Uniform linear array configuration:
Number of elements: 16
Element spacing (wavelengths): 1
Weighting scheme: uniform
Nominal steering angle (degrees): -45
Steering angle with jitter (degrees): -46.827
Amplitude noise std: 0.05
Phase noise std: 0.05

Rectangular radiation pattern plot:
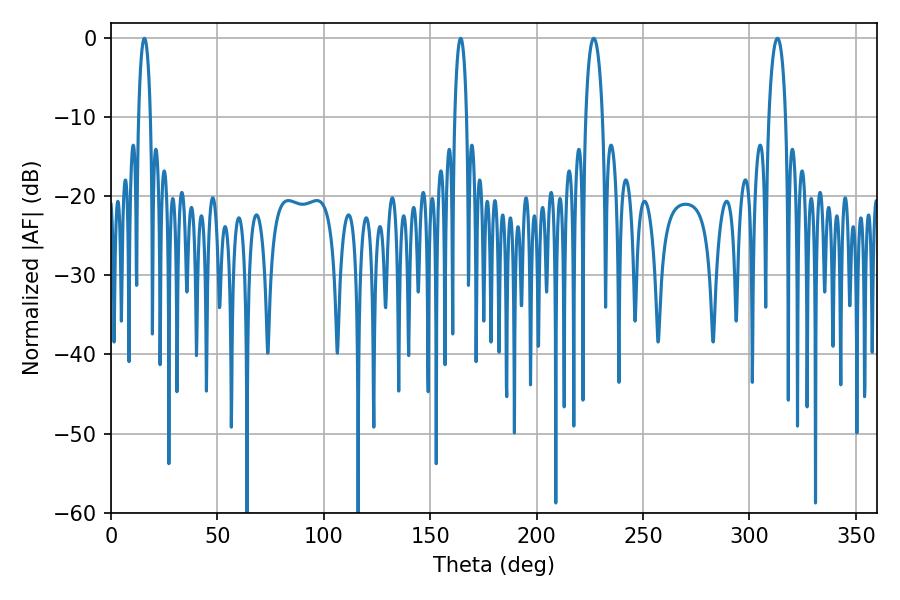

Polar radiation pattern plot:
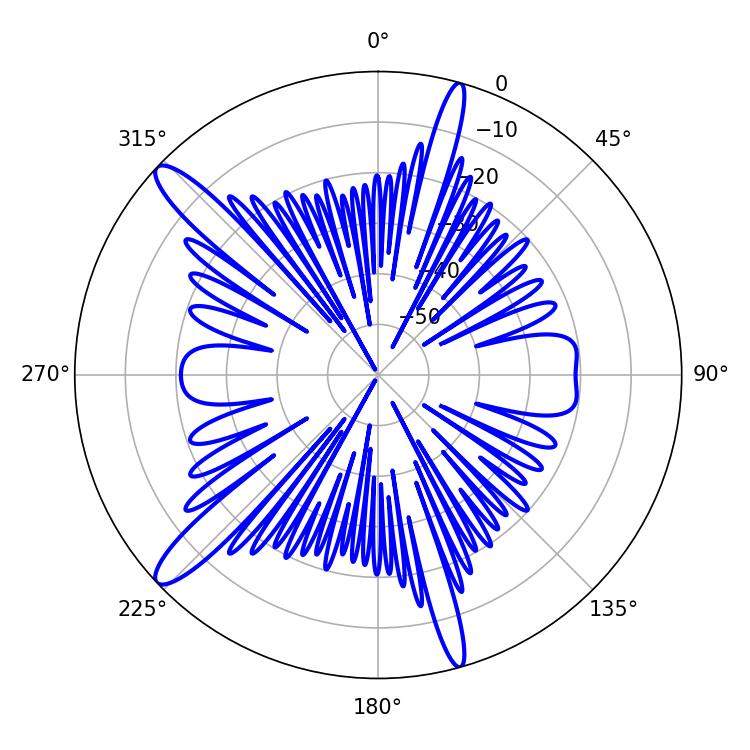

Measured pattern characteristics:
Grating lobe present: TRUE
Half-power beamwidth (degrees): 4.5
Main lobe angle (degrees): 226.8